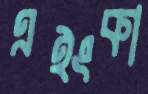
এইংকা